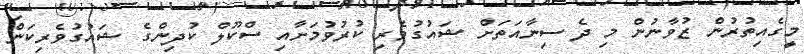
މީގެއިތުރުން ޒުވާނުން މި ދެ ސިނާއަތަށް ޝައުގުވެރި ކުރުވުމަށާއި ސްކޫލް ކުދިންގެ ޝައުގުވެރިކަން